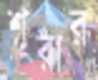
শূরার